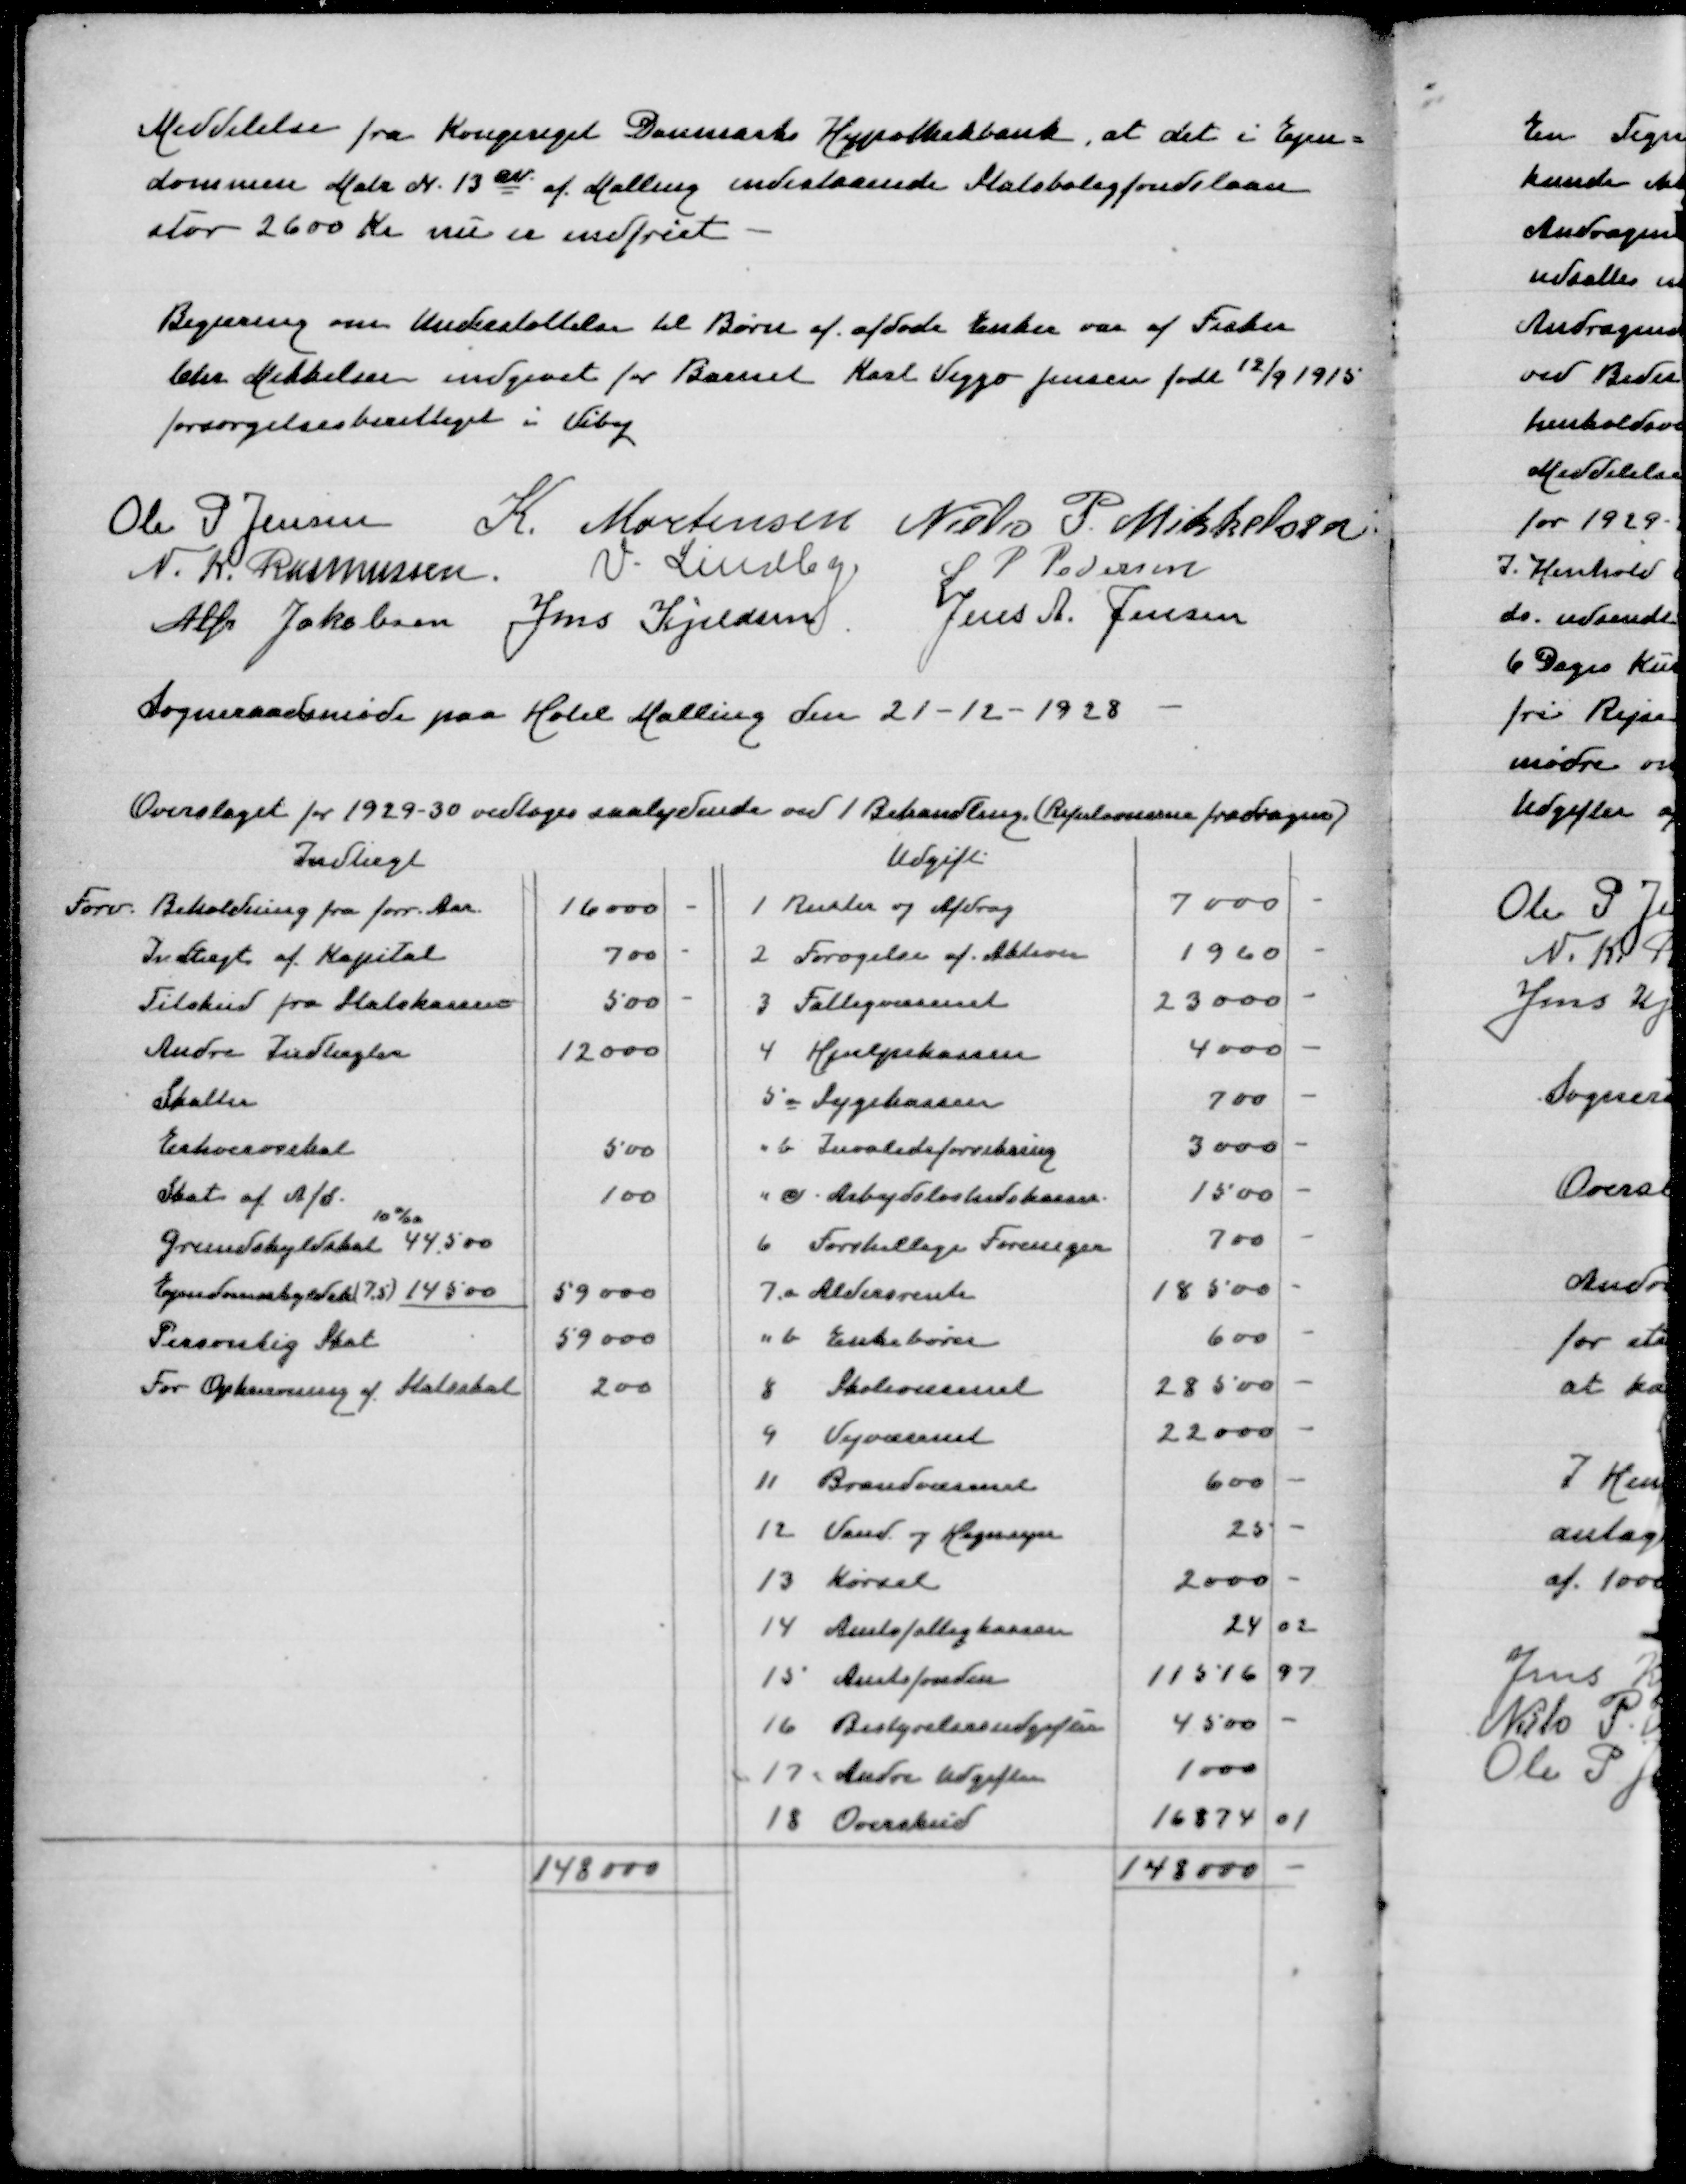
Transskription:
Meddelelse fra Kongeriget Danmarks Hypotekbank, at der i Ejen=
dommen Matr N 13ev af Malling indestaaende Statsbyggefondslaan
stor 2600 Kr nu er indfriet

Begæring om Understøttelse til Børn af afdøde Enke var af Fisker
Chr Mikkelsen indgivet for Barnet Karl Viggo Jensen født 12/9 1915
forsørgelsesberettiget i Viby

Ole P Jensen
K Mortensen
Niels P Mikkelsen
N K Rasmussen
V Lindby
S P Pedersen
Alfr Jakobsen
Jens Kjeldsen
Jens A Jensen

Sogneraadsmøde paa Hotel Malling den 21-12-1928

Overslaget for 1929-30 vedtoges saalydende ved 1 Behandling (Refutionerne fradragne)